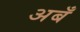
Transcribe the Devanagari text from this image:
अबँ